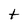
Character: t